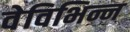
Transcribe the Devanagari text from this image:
वेविभिन्न